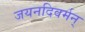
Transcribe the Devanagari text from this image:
जयनदिवर्मन्